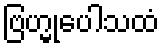
ဗြဟ္မုပေါသထံ